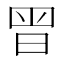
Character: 𭥴